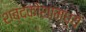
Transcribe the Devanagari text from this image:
शब्दकोशामध्ये